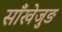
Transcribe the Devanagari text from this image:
साँखेजुङ